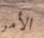
الأمر